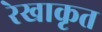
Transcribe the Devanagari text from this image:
रेखाकृत